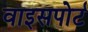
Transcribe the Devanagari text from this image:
वाइसपोर्ट